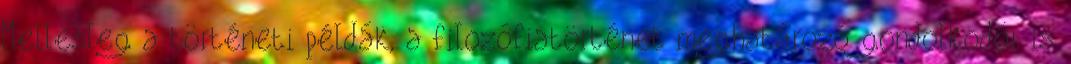
Mellesleg a történeti példák, a filozófiatörténet meghatározó gondolkodói is